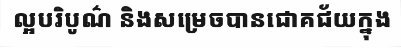
ល្អបរិបូណ៌ និងសម្រេចបានជោគជ័យក្នុង